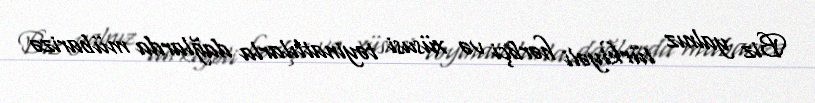
Biz yalnız türkiyəli hərbçi və xüsusi təyinatlılarla dağlarda mübarizə